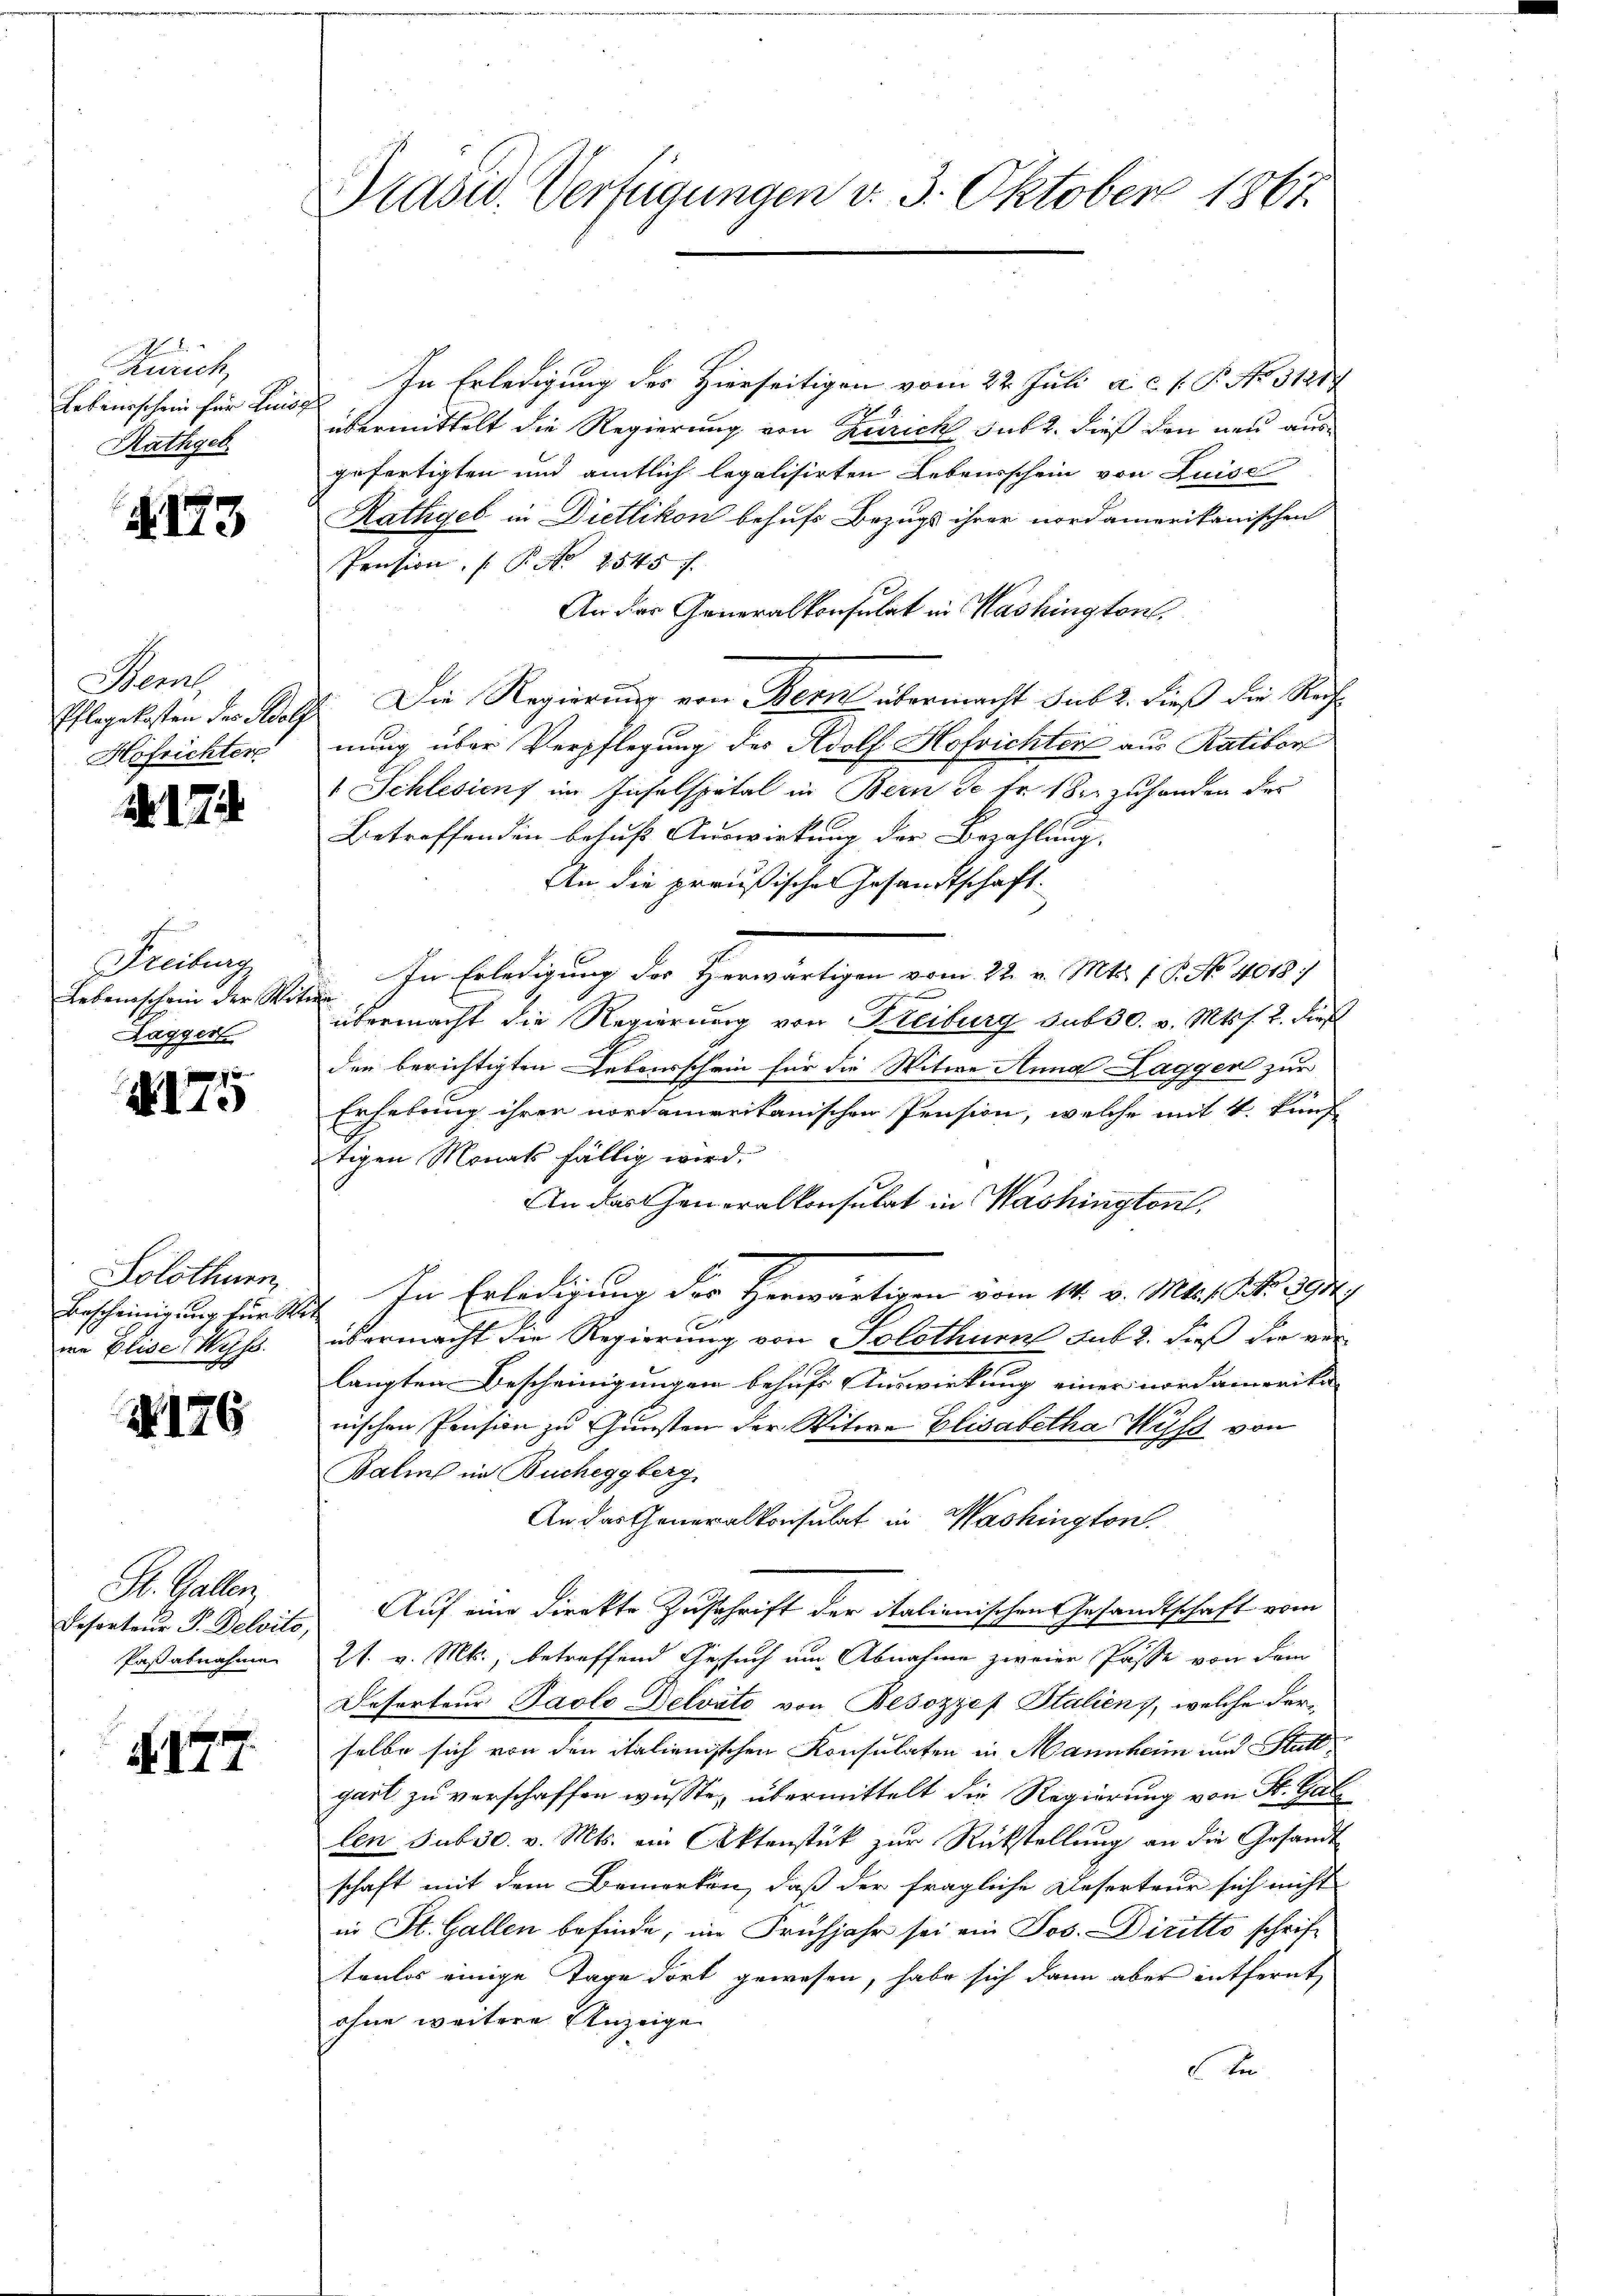
Zürich,
Lebensschein für Luise
Rathgeb

A. 173

Bem
Höfrichter

. 17

Freiburg
Lebensschein der Witt
Hagger

X175

Solothurn
ia Elise Wass

No. 176

In Erledigung des Hierseitigen vom 22. Juli a. c. v. P. No. 31417
übermittelt die Regierung von Zürich sub 2. dieß den neu ausgefertigten und amtlich legalisirten Lebensschein von Luise
Rathgeb in Dietlikon behufs Bezugs ihrer nordamerikanischen
Pension, P. Nr. 2545 f.
An der Generalkonsulat in Washington,
Pflegekosten des Adolf Die Regierung von Bern übermacht sub 2. dieß die Rechnung über Verpflegung des Adolf Hofrichten aus Ratibor
 Schlesiens im Hiselspital in Bern de fr. 1 der zufanden der
Betreffenden behufs Auswirkung der Bezahlung.
An die preußischen Gesandtschaft.
In Erledigung des Herwärtigen vom 22. v. Mts. 18. No. 1017
übermacht die Regierung von Freiburg sub 30. v. Mts. 2. dieß
den berichtigten Lebourschein für die Witwe Anna Lagger zur
Erhebung ihrer nordamerikanischen Pension, welche mit 4 künf
tigen Monats fällig wird.
An das Generalkonsulat in Washington,
Bescheinigung für des In Erledigung der Herwärtigen vom 14. v. Mts. Art. 2034
übermacht die Regierung von Solothurn sub. 2. dieß die ver
langten Bescheinigungen behufs Auswirkung einer nordamerika
nischen Pension zu Gunsten der Witwe Elisabetha Wyss von
Baline im Bucheggberg,
An das Generalkonsulat in Washington.
Desorteur P. Beleits Auf eine Direkte Zuschrift der italienischen Gesandtschaft vom
21. v. Mts., betreffend Gesuch um Abnahme zweier Pässe von dem
Deserteur Pavlo-Belvato von Besozyes Stalien, welche derselbe sich von den italienischen Konsulaten in Mannheim und Stutt
gart zu verschaffen wusste, übermittelt die Regierung von St. Gallen sub 30. v. Mts. ein Aktenstück zur Rückstellung an die Gesandt
schaft mit dem Bemerken, daß der fragliche Deserteur sich nicht
in St. Gallen befinde, im Frühjahr sei ein Jos. Diritto schrift
tenlos einige Tage dort gewesen, habe sich dann aber entfernt,
ohne weitere Anzeige
t

St. Gallen,
Pasabnahmen

177.

Prasw. Verfügungen v. 3. Oktober 1867.